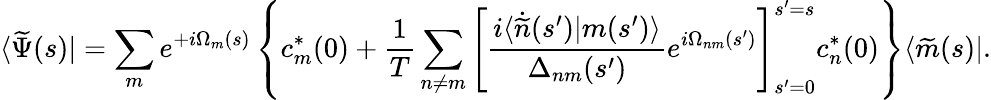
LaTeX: \langle\widetilde{\Psi}(s)|=\sum_{m}e^{+i\Omega_{m}(s)}\left\{ c_{m}^{*}(0)+\frac{1}{T}\sum_{n\neq m}\left[\frac{i\langle\dot{\widetilde{n}}(s^{\prime})|m(s^{\prime})\rangle}{\Delta_{nm}(s^{\prime})}e^{i\Omega_{nm}(s^{\prime})}\right]_{s^{\prime}=0}^{s^{\prime}=s}c_{n}^{*}(0)\right\} \langle\widetilde{m}(s)|.